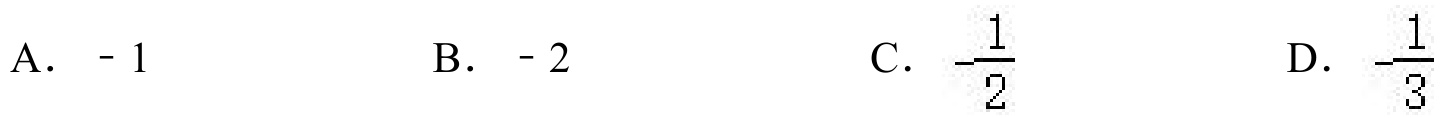
A． - 1
B． - 2
C．\(-\frac{1}{2}\)
D．\(-\frac{1}{3}\)